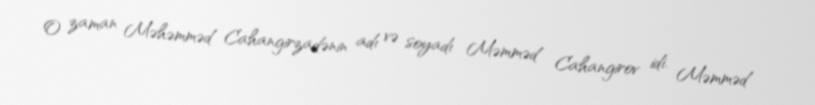
O zaman Məhəmməd Cahangirzadənin adı və soyadı Məmməd Cahangirov idi. Məmməd